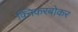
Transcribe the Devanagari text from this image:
क्निकरबोकर